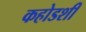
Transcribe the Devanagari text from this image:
कहोडशी